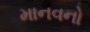
માનવનો